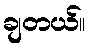
ချတယ်။